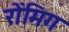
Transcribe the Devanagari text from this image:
रोंमिग